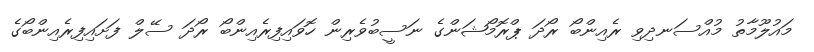
މައުލޫމާތު މުއްސަނދިވި ރެއިންބޯ ރޯދަ ޕްރޮމޯޝަންގެ ނަސީބުވެރިން ހޮވައިފިރެއިންބޯ ރޯދަ ސޭލް ފަށައިފިރެއިންބޯގެ